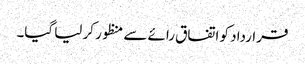
قرارداد کو اتفاق رائے سے منظور کر لیا گیا۔